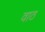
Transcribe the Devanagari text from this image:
वाठ